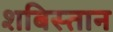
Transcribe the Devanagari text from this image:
शबिस्तान